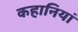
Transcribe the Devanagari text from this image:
कहानियां